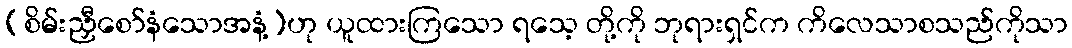
(စိမ်းညှီစော်နံသောအနံ့)ဟု ယူထားကြသော ရသေ့ တို့ကို ဘုရားရှင်က ကိလေသာစသည်ကိုသာ